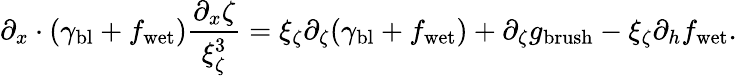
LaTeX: \partial_{x}\cdot(\gamma_{\mathrm{bl}}+f_{\mathrm{wet}})\frac{\partial_{x}\zeta}{\xi_{\zeta}^{3}}=\xi_{\zeta}\partial_{\zeta}(\gamma_{\mathrm{bl}}+f_{\mathrm{wet}})+\partial_{\zeta}g_{\mathrm{brush}}-\xi_{\zeta}\partial_{h}f_{\mathrm{wet}}.